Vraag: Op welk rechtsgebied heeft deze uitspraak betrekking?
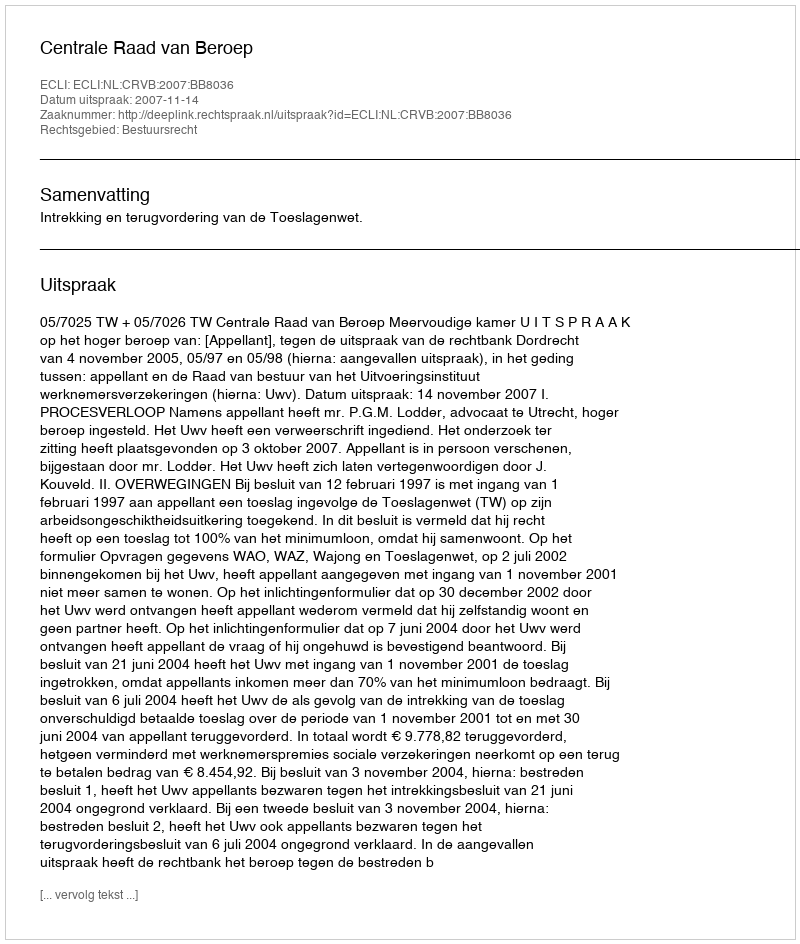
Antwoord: Bestuursrecht